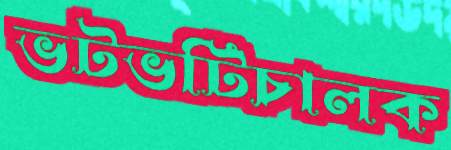
ভটভটিচালক